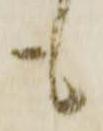
も